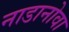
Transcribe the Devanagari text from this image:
नाडानोवा